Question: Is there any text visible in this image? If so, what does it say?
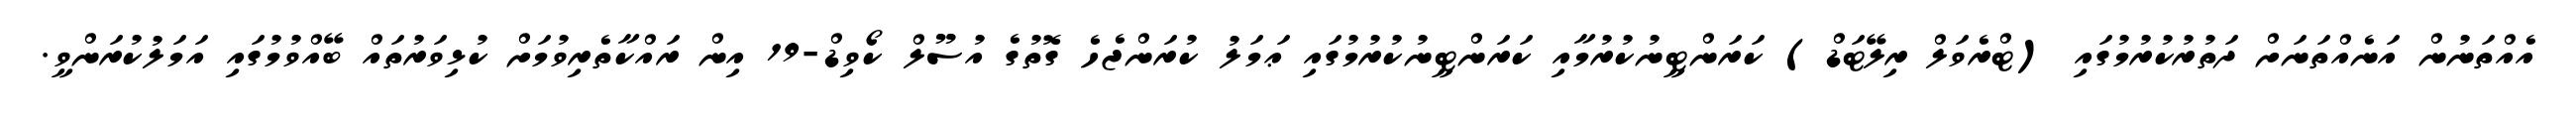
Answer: އެއްތަނުން އަނެއްތަނަށް ދަތުރުކުރުމުގައި (ޓްރެވަލް ރިލޭޓަޑް) ކަރަންޓީނުކުރުމާއި ކަރަންޓީނުކުރުމުގައި ޢަމަލު ކުރަންޖެހެ ގޮތުގެ އުސޫލް ކޯވިޑް-19 އިން ރައްކާތެރިވުމަށް ކުޅިވަރުތައް ބޭއްވުމުގައި އަމަލުކުރަންވީ.